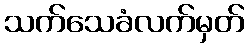
သက်သေခံလက်မှတ်